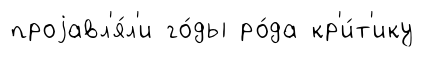
проjавл'я́л'и го́ды ро́да кр'и́т'ику